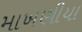
માખણીયા